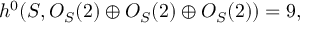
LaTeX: h ^ { 0 } ( { \cal S } , { \cal O } _ { { \cal S } } ( 2 ) \oplus { \cal O } _ { { \cal S } } ( 2 ) \oplus { \cal O } _ { { \cal S } } ( 2 ) ) = 9 ,